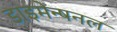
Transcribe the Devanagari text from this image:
डाइमेन्षनल